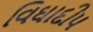
વિઘાદીપ